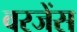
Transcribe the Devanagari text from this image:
वरजेंस